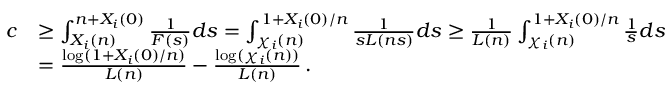
\begin{array} { r l } { c } & { \ge \int _ { X _ { i } ( n ) } ^ { n + X _ { i } ( 0 ) } \frac { 1 } { F ( s ) } d s = \int _ { \chi _ { i } ( n ) } ^ { 1 + X _ { i } ( 0 ) / n } \frac { 1 } { s L ( n s ) } d s \ge \frac { 1 } { L ( n ) } \int _ { \chi _ { i } ( n ) } ^ { 1 + X _ { i } ( 0 ) / n } \frac { 1 } { s } d s } \\ & { = \frac { \log ( 1 + X _ { i } ( 0 ) / n ) } { L ( n ) } - \frac { \log ( \chi _ { i } ( n ) ) } { L ( n ) } \, . } \end{array}